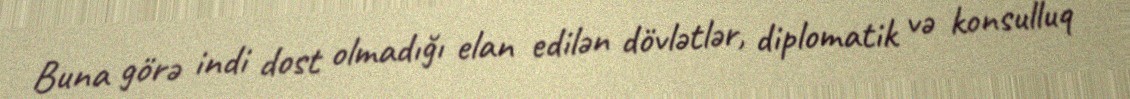
Buna görə indi dost olmadığı elan edilən dövlətlər, diplomatik və konsulluq